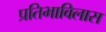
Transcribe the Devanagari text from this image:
प्रतिभाविलास